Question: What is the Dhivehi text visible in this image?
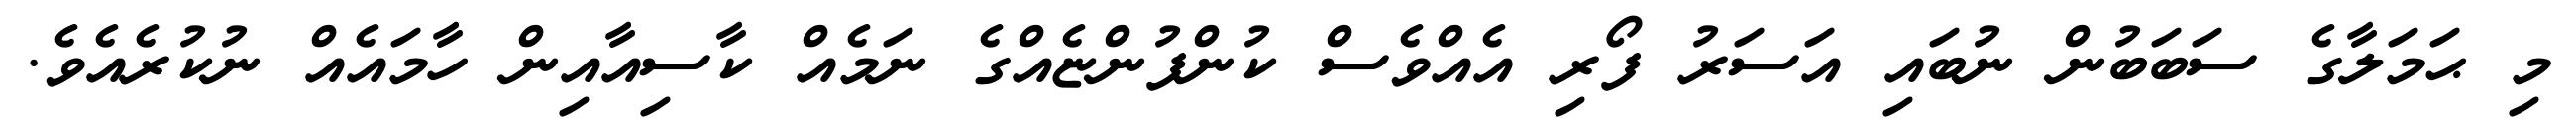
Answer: މި ޙަމަލާގެ ސަބަބުން ނުބައި އަސަރު ފޯރި އެއްވެސް ކުންފުންޏެއްގެ ނަމެއް ކާސިއާއިން ހާމައެއް ނުކުރެއެވެ.